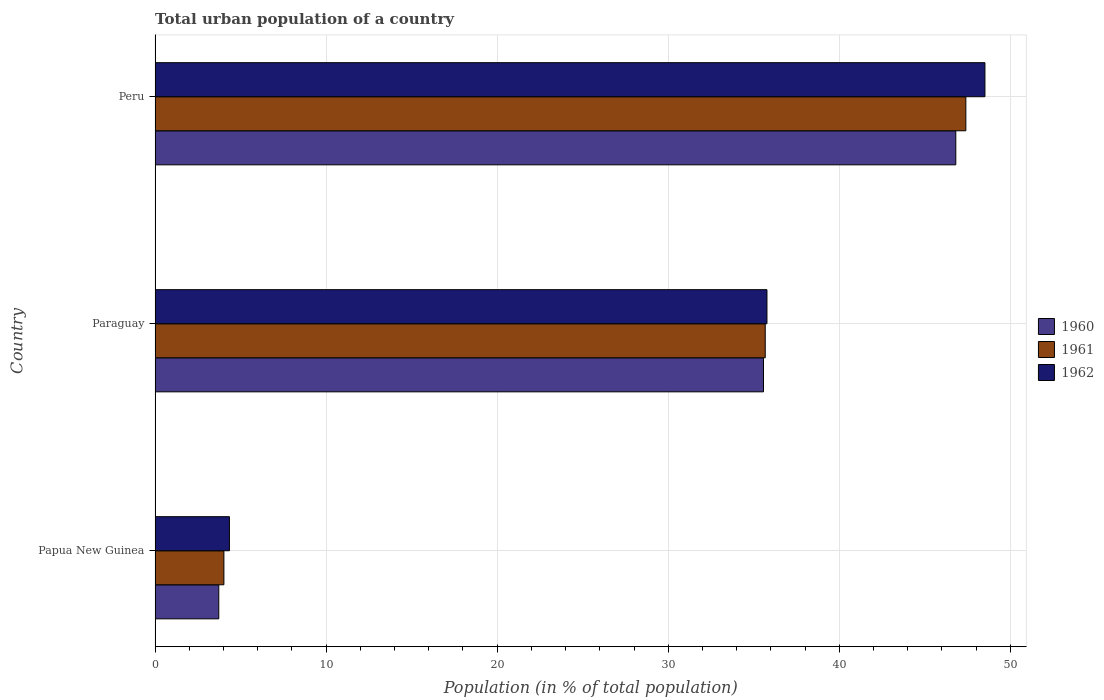
| Country | 1960 | 1961 | 1962 |
 | --- | --- | --- | --- |
 | Papua New Guinea | 3.73 | 4.02 | 4.35 |
 | Paraguay | 35.6 | 35.7 | 35.8 |
 | Peru | 46.8 | 47.4 | 48.5 |